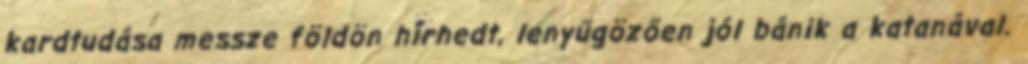
kardtudása messze földön hírhedt, lenyűgözően jól bánik a katanával.